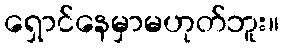
ရှောင်နေမှာမဟုတ်ဘူး။